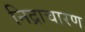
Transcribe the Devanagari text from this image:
निद्राचारण